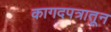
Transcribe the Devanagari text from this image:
कागदपत्रातून